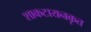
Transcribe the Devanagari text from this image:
शाकटायनकृत